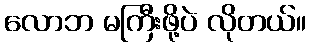
လောဘ မကြီးဖို့ပဲ လိုတယ်။